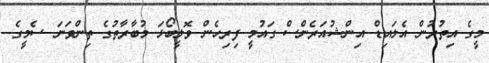
މީގެ އިތުރުން އެލައިޑް އިންޝުއަރެންސް ގައުމީ ފިރިހެން ވޮލީބޯޅަ މުބާރާތުގެ ތިންވަނަ ސެމީގެ